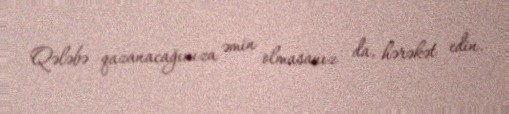
Qələbə qazanacağınıza əmin olmasanız da, hərəkət edin.